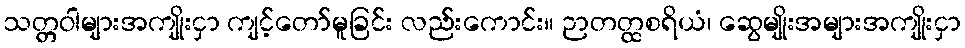
သတ္တဝါများအကျိုးငှာ ကျင့်တော်မူခြင်း လည်းကောင်း။ ဉာတတ္ထစရိယံ၊ ဆွေမျိုးအများအကျိုးငှာ